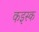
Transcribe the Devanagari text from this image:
कइस्क